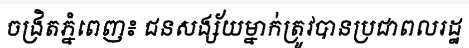
ចង្រិតភ្នំពេញ៖ ជនសង្ស័យម្នាក់ត្រូវបានប្រជាពលរដ្ឋ